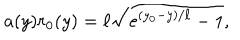
a ( y ) r _ { 0 } ( y ) = \ell \sqrt { e ^ { ( y _ { 0 } - y ) / \ell } - 1 } ,